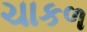
ચાકળ